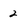
Character: 2